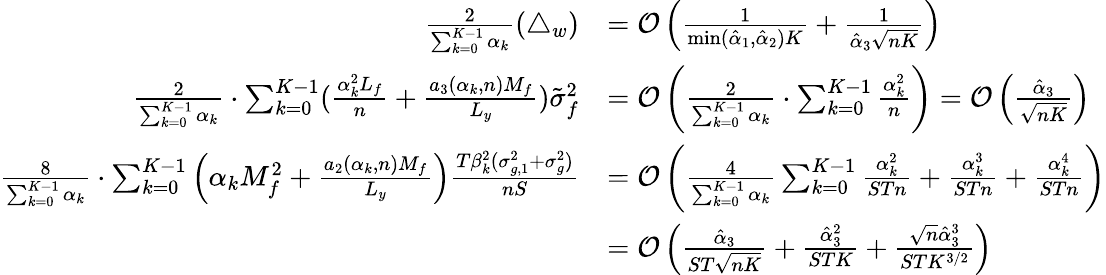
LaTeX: \begin{array}{rl}{\frac{2}{\sum_{k=0}^{K-1}\alpha_{k}}(\triangle_{w})}&{=\mathcal{O}\left(\frac{1}{\operatorname*{min}(\hat{\alpha}_{1},\hat{\alpha}_{2})K}+{\frac{1}{\hat{\alpha}_{3}\sqrt{nK}}}\right)}\\ {\frac{2}{\sum_{k=0}^{K-1}\alpha_{k}}\cdot\sum_{k=0}^{K-1}(\frac{\alpha_{k}^{2}L_{f}}{n}+\frac{a_{3}(\alpha_{k},n)M_{f}}{L_{y}})\tilde{\sigma}_{f}^{2}}&{=\mathcal{O}\left(\frac{2}{\sum_{k=0}^{K-1}\alpha_{k}}\cdot\sum_{k=0}^{K-1}\frac{\alpha_{k}^{2}}{n}\right)=\mathcal{O}\left(\frac{\hat{\alpha}_{3}}{\sqrt{nK}}\right)}\\ {\frac{8}{\sum_{k=0}^{K-1}\alpha_{k}}\cdot\sum_{k=0}^{K-1}\Big(\alpha_{k}M_{f}^{2}+\frac{a_{2}(\alpha_{k},n)M_{f}}{L_{y}}\Big)\frac{T\beta_{k}^{2}(\sigma_{g,1}^{2}+\sigma_{g}^{2})}{{nS}}}&{=\mathcal{O}\left(\frac{4}{\sum_{k=0}^{K-1}\alpha_{k}}\sum_{k=0}^{K-1}\frac{\alpha_{k}^{2}}{STn}+\frac{\alpha_{k}^{3}}{STn}+\frac{\alpha_{k}^{4}}{STn}\right)}\\ &{=\mathcal{O}\left(\frac{\hat{\alpha}_{3}}{ST\sqrt{nK}}+\frac{\hat{\alpha}_{3}^{2}}{STK}+\frac{{\sqrt{n}}\hat{\alpha}_{3}^{3}}{STK^{3/2}}\right)}\end{array}